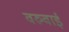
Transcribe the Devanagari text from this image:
वरुवाई